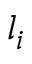
l _ { i }